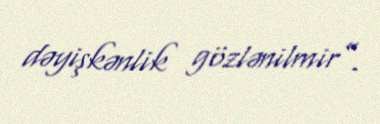
dəyişkənlik gözlənilmir”.